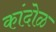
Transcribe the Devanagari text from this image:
कांदोळ